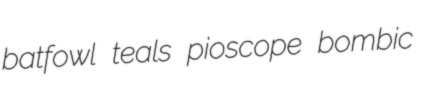
batfowl teals pioscope bombic